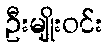
ဦးမျိုးဝင်း